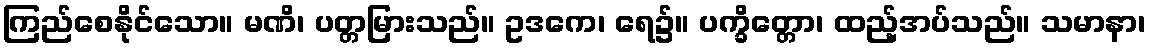
ကြည်စေနိုင်သော။ မဏိ၊ ပတ္တမြားသည်။ ဥဒကေ၊ ရေ၌။ ပက္ခိတ္တော၊ ထည့်အပ်သည်။ သမာနာ၊